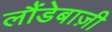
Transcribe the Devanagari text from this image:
लौंडेबाज़ी